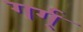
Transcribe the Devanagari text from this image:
गर्ग्